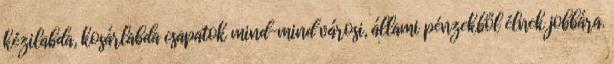
kézilabda, kosárlabda csapatok mind-mind városi, állami pénzekből élnek jobbára.